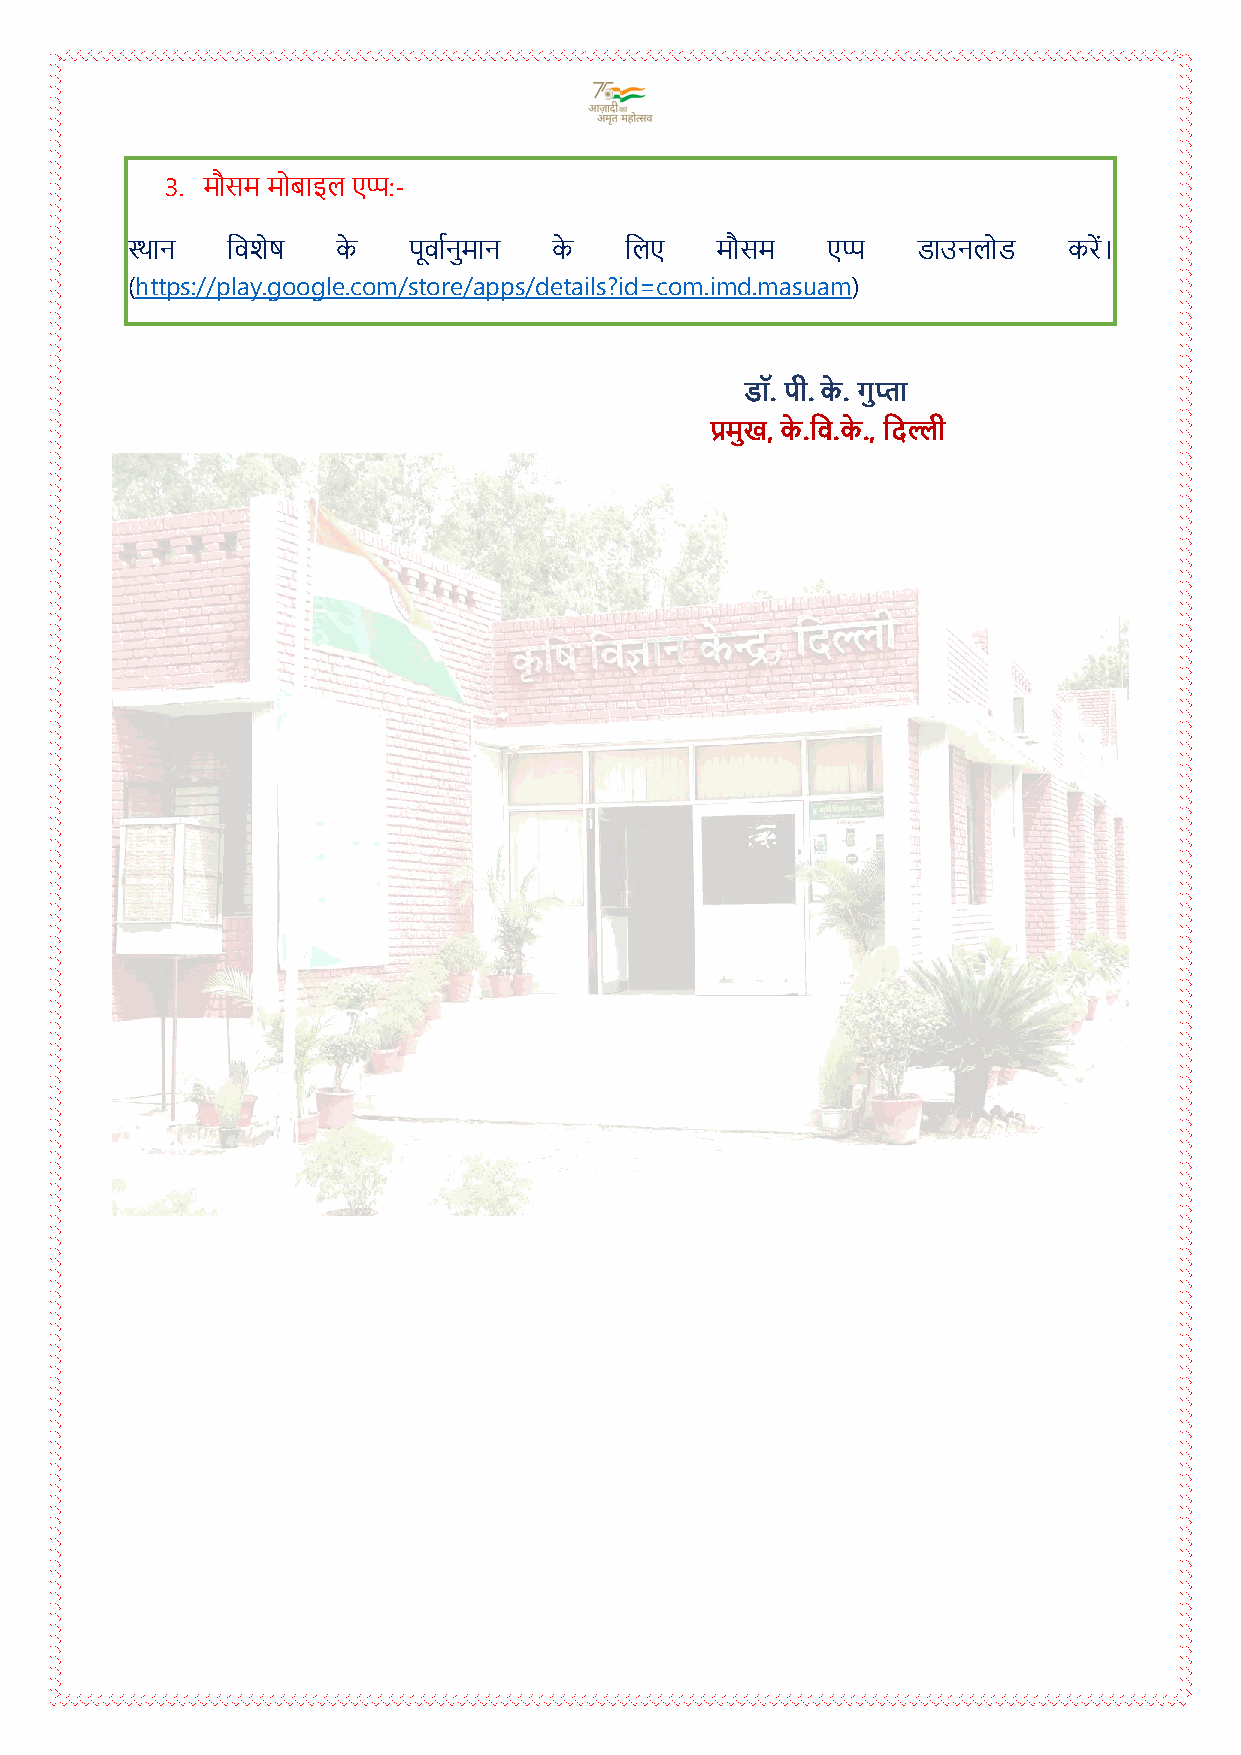
3. मौसम मोबाइल एप्प:-
 स्थान  दवशेष  के   पूवाचनुमान के दलए   मौसम    एप्प  डाउनलोड   करें।
 (https://play.google.com/store/apps/details?id=com.imd.masuam)
 डॉ. पी. के . गुप्ता
 प्रमुख, के .दव.के ., दिल्ली